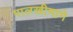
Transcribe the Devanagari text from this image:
पालखीमागे